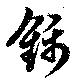
錦